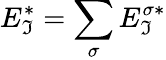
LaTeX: E_{\mathfrak{I}}^{*}=\sum_{\sigma}E_{\mathfrak{I}}^{\sigma*}